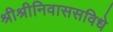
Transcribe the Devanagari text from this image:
श्रीश्रीनिवाससविधे